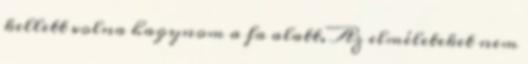
kellett volna hagynom a fa alatt. Az elméleteket nem